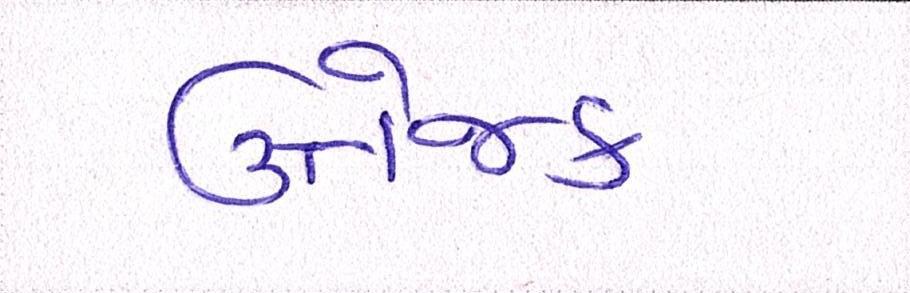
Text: ઉત્તેજક